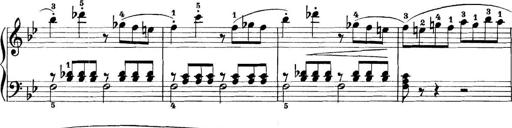
Title: 11 Sonatinas
Composer: Anton Diabelli